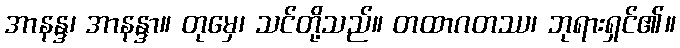
အာနန္ဒ၊ အာနန္ဒာ။ တုမှေ၊ သင်တို့သည်။ တထာဂတဿ၊ ဘုရားရှင်၏။